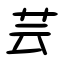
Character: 芸